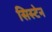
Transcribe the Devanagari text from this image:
सिस्टेन